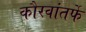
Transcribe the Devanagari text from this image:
कौरवांतर्फे